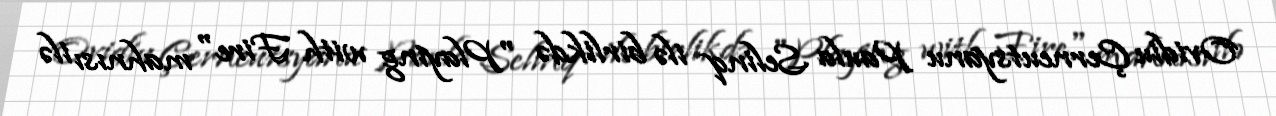
Ovidiu Çerneutsyanu Paula Selinq ilə birlikdə "Playing with Fire" mahnısı ilə